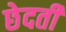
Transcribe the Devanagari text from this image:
छेदती